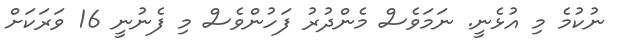
ނުކުމެ މި އުޅެނީ. ނަމަވެސް މެންދުރު ފަހުންވެސް މި ފެނުނީ 16 ވަރަަކަށް